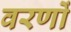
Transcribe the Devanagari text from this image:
वरणों